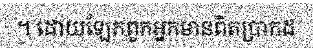
។ ដោយឡែកពួកអ្នកមានពិតប្រាកដ